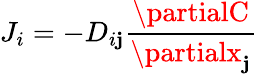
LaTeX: J_{i}=-D_{i\mathbf{j}}{\frac{{\partialC}}{{\partialx_{\mathbf{j}}}}}